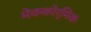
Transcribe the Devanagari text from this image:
मेककोर्मिक